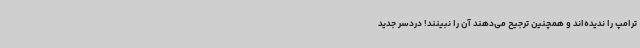
ترامپ را ندیده‌اند و همچنین ترجیح می‌دهند آن‌ را نبینند! دردسر جدید